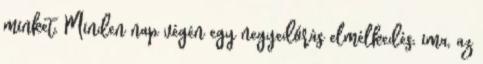
minket. Minden nap végén egy negyedórás elmélkedés, ima, az